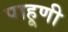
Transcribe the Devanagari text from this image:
पाहूणी